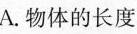
A.物体的长度